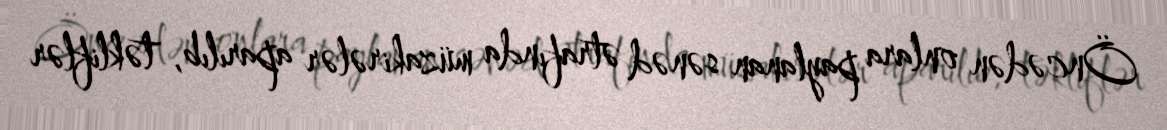
Öncədən onlara paylanan sənəd ətrafında müzakirələr aparılıb, təkliflər